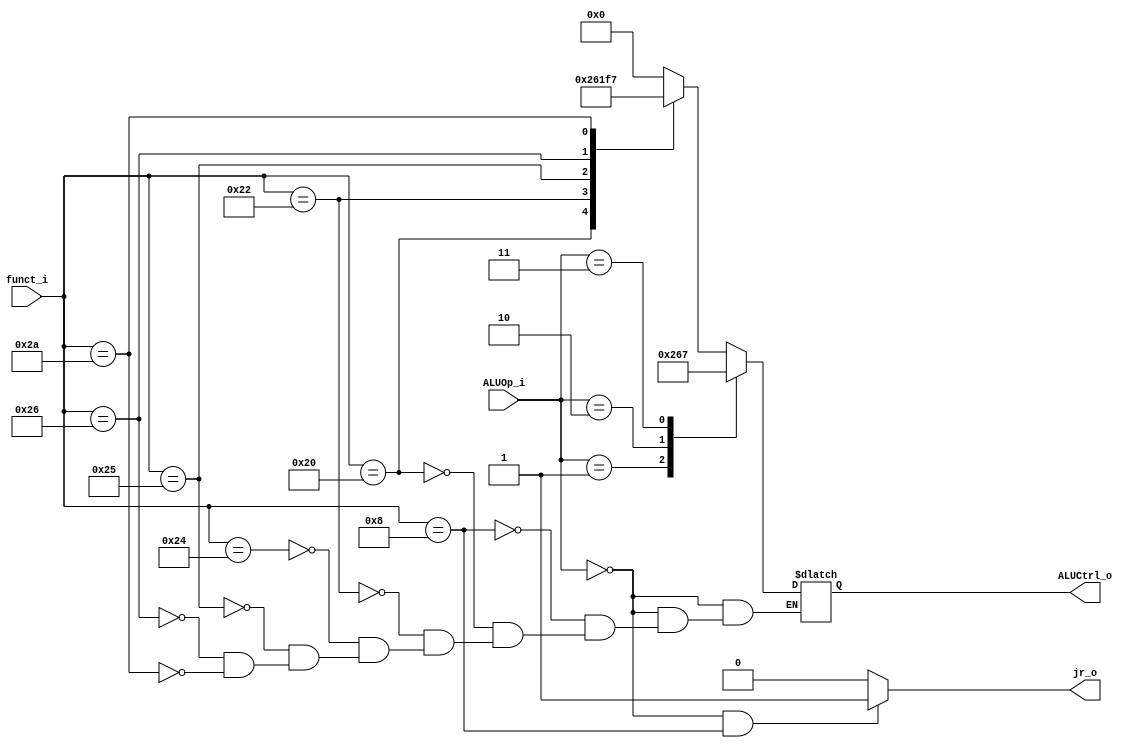
//Subject:     CO project 2 - ALU Controller
//--------------------------------------------------------------------------------
//Version:     1
//--------------------------------------------------------------------------------
//Writer:      
//----------------------------------------------
//Date:        
//----------------------------------------------
//Description: 
//--------------------------------------------------------------------------------

module ALU_Ctrl(
          funct_i,
          ALUOp_i,
          ALUCtrl_o,
          jr_o
          );
          
//I/O ports 
input      [6-1:0] funct_i;
input      [2-1:0] ALUOp_i;   //input      [3-1:0] ALUOp_i;  

output     [4-1:0] ALUCtrl_o;    
output     jr_o;
     
//Internal Signals
reg        [4-1:0] ALUCtrl_o;
reg        jr_o;

//Parameter

       
//Select exact operation
always @(*) begin
    case(ALUOp_i)
        2'b00: begin  //3'b000: begin   // R type
                case(funct_i)
                    6'b001000: ALUCtrl_o = 4'b0000; // jr
                    6'b100000: ALUCtrl_o = 4'b0010; // add
                    6'b100010: ALUCtrl_o = 4'b0110; // sub
                    6'b100100: ALUCtrl_o = 4'b0000; // and
                    6'b100101: ALUCtrl_o = 4'b0001; // or
                    6'b100110: ALUCtrl_o = 4'b1111; // xor ???
                    6'b101010: ALUCtrl_o = 4'b0111; // slt
                endcase
        end
        2'b01:  ALUCtrl_o = 4'b0010; // addi / load / store   //3'b010:
        2'b10:  ALUCtrl_o = 4'b0110; // J & B    //3'b011:  
        //3'd4: ALUCtrl_o = 4'd0; // andi
		//3'd5: ALUCtrl_o = 4'd1; // ori
		//3'd6: ALUCtrl_o = 4'd15; // xori
		2'b11: ALUCtrl_o = 4'b0111; // slti   //3'b111:  
    endcase

    if(ALUOp_i == 2'd0 && funct_i == 6'b001000) begin // jr  //ALUOp_i == 3'd0
            jr_o = 1;
    end
    else begin
            jr_o = 0;
    end
end

endmodule